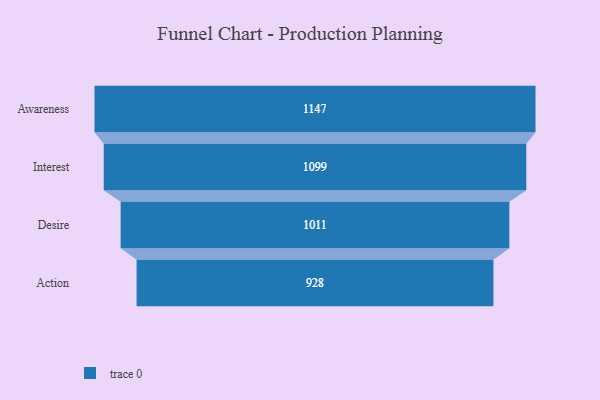
{"axis": {"x": "Stage", "y": "Value"}, "legend": [""], "data": [{"x": "Awareness", "y": 1147.0, "type": ""}, {"x": "Interest", "y": 1099.0, "type": ""}, {"x": "Desire", "y": 1011.0, "type": ""}, {"x": "Action", "y": 928.0, "type": ""}]}